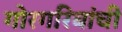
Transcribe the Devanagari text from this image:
गोरगरिबांची